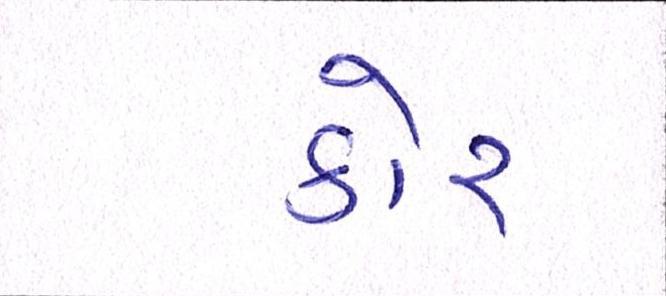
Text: કોર